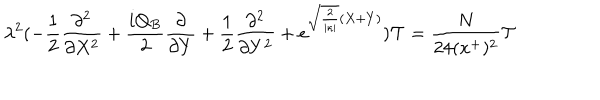
\lambda ^ { 2 } ( - \frac { 1 } { 2 } \frac { \partial ^ { 2 } } { \partial X ^ { 2 } } + \frac { i Q _ { B } } { 2 } \frac { \partial } { \partial Y } + \frac { 1 } { 2 } \frac { \partial ^ { 2 } } { \partial Y ^ { 2 } } + e ^ { \sqrt { \frac { 2 } { | \kappa | } } ( X + Y ) } ) { \cal T } = \frac { N } { 2 4 ( x ^ { + } ) ^ { 2 } } { \cal T }